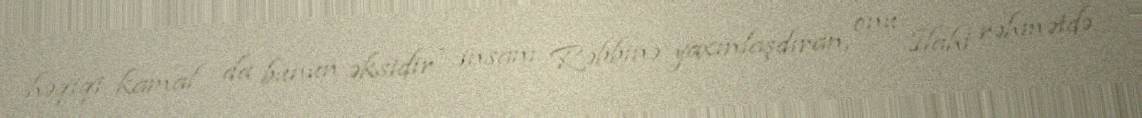
həqiqi kamal da bunun əksidir - insanı Rəbbinə yaxınlaşdıran, onu İlahi rəhmətdə